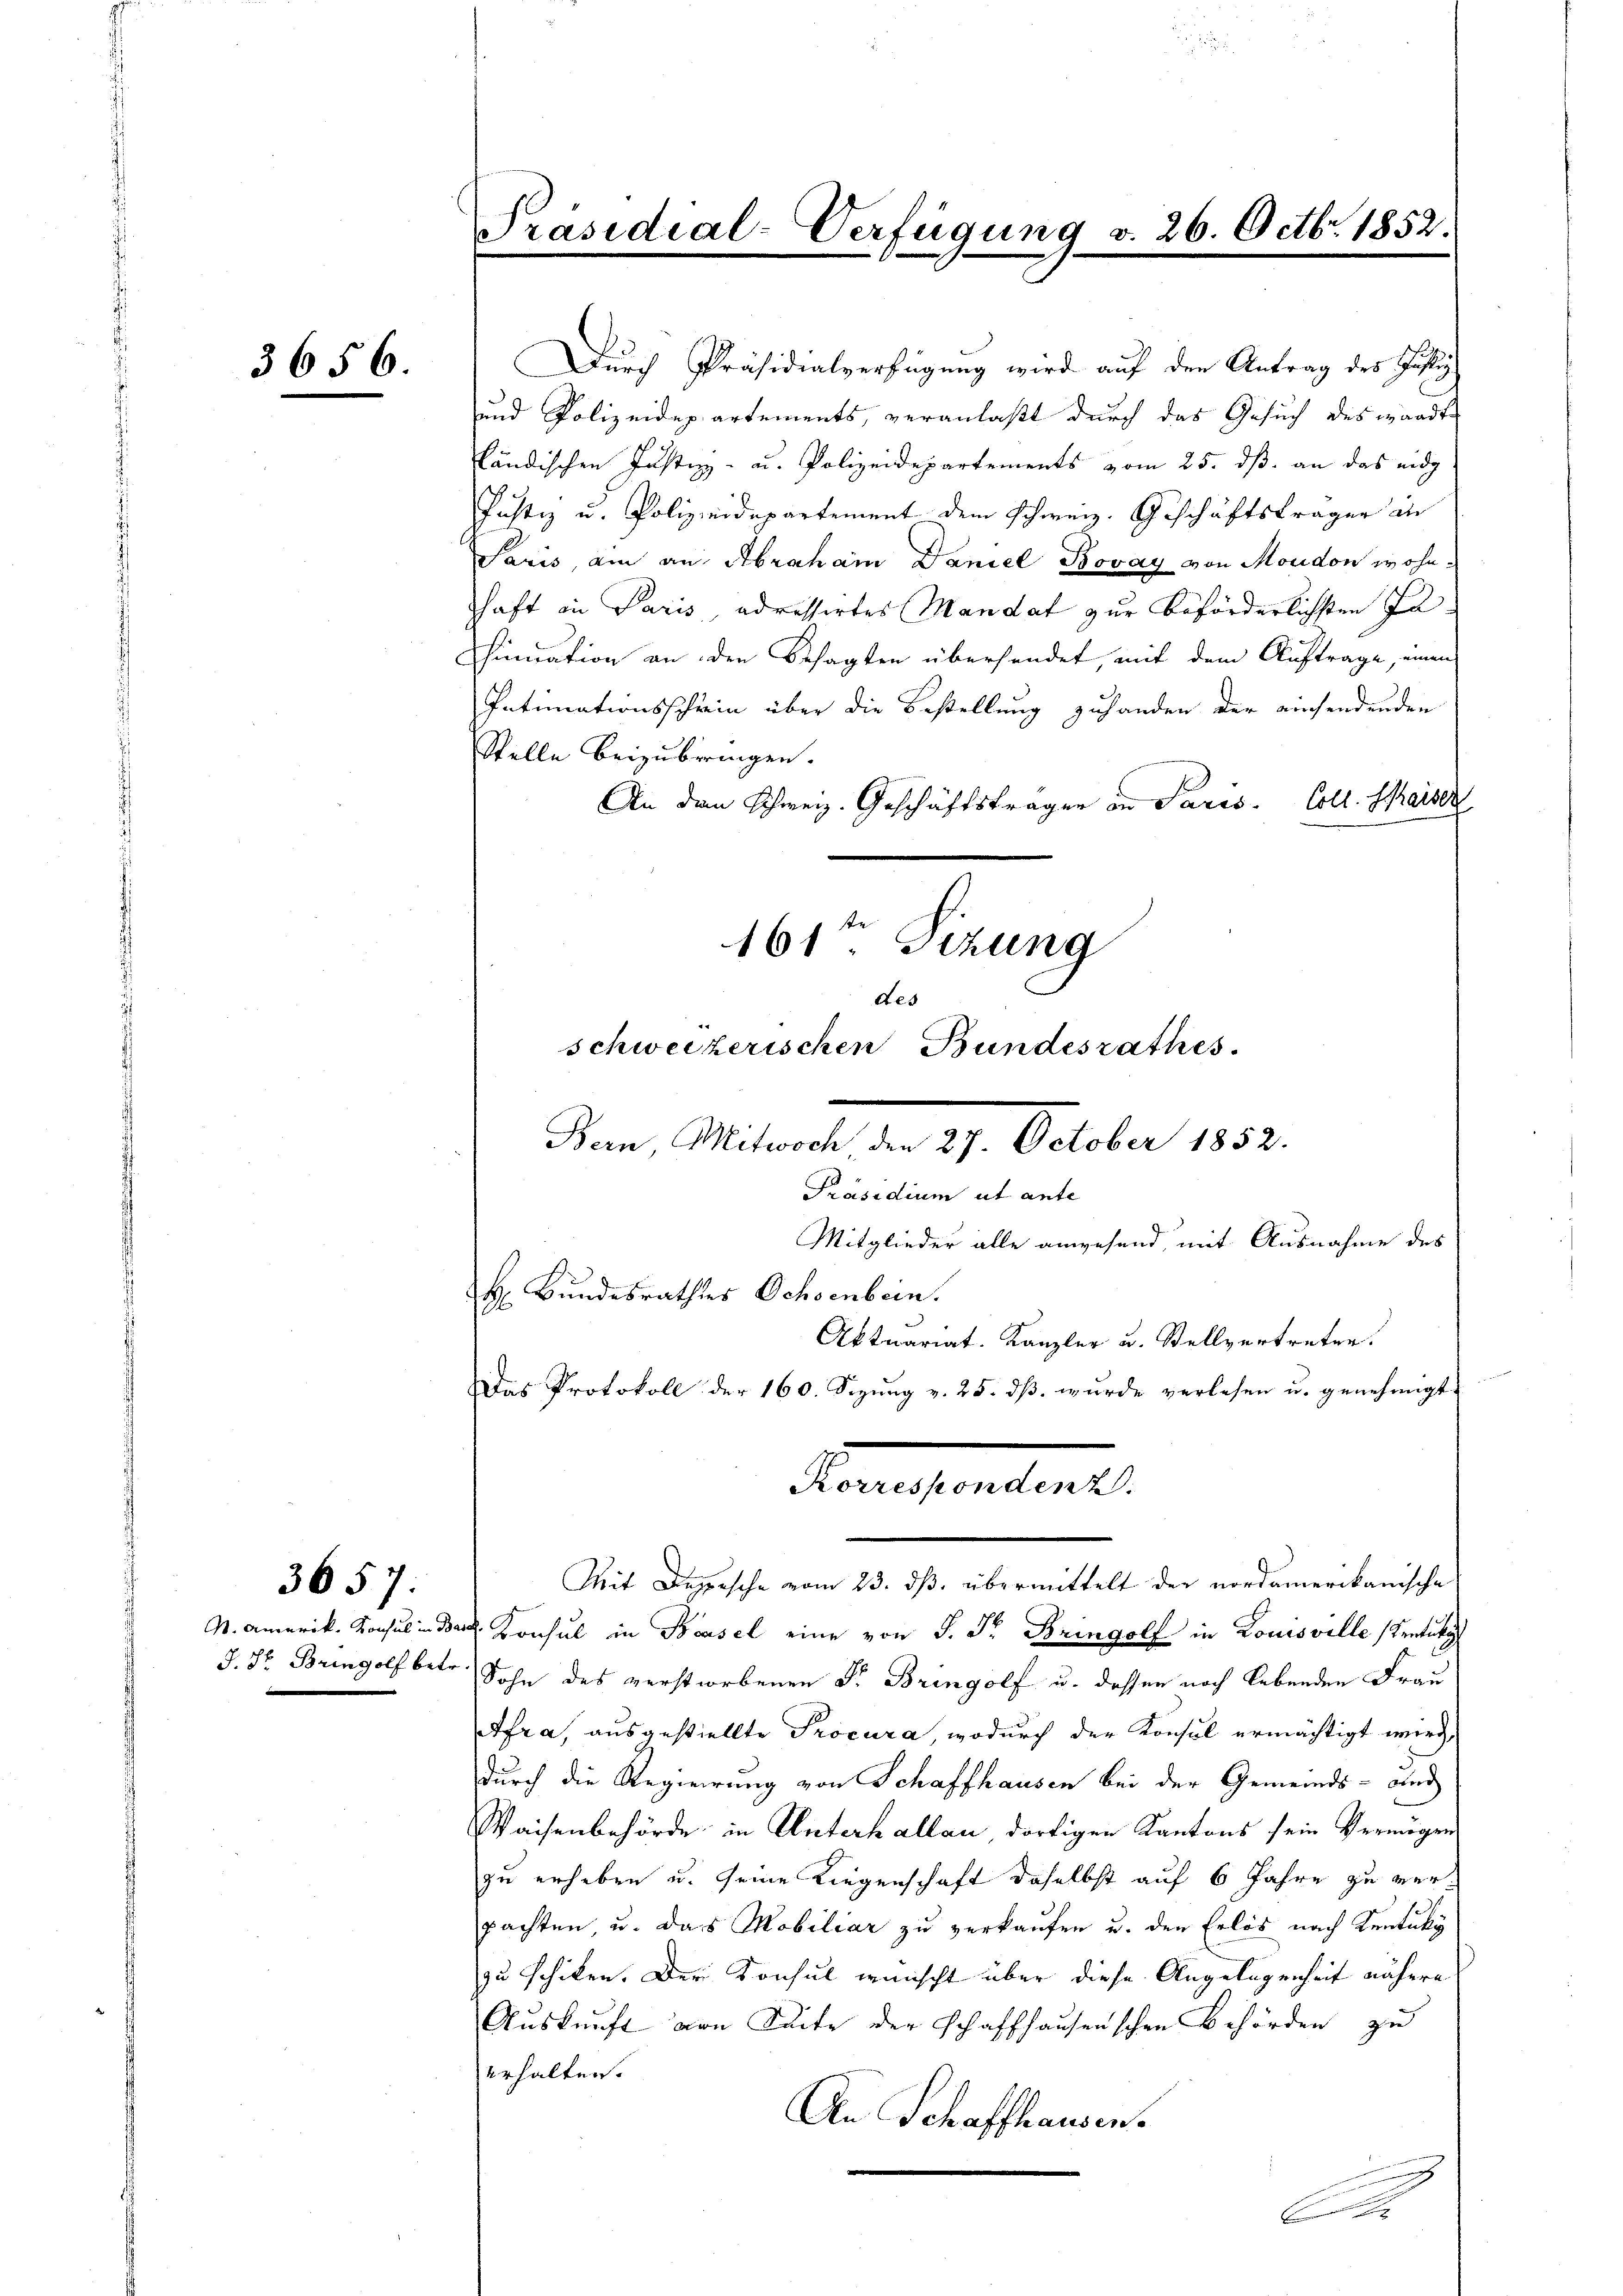
3656.

3657:

Durch Präsidialverfügung wird auf den Antrag des Justiz
und Polizeidepartements, veranlaßt durch das Gesuch des wandte
ländischen Justiz- u. Polizeidepartements vom 25. ds. an das eidg
Justiz u. Polizeidepartement dem Schweiz. Geschäftsträger in
Saris, ain an Abraham Daniel Bovay von Moudon wohnschaft in Paris adressirtes Mandat zur beförderlichsten Jahinuation an den Besagten übersendet, mit dem Auftrage, einen
Intimationsschrin über die Bestellung zuhanden der auchendenden
Stelle beizubringen.
An den Schweiz. Geschäftsfragen in Paris. Coll. Schaiser
161ten Sitzung

S. Amerik. Konsul in B
§.8. Bringolf betr

Präsidial-Verfügung v. 26. Octbr. 1852.

des
schweizerischen Bundesrathes.
Von Mitwas der 29. October 1852.
Präsidium ut ante
Mitglieder alle anwesend, mit Ausnahme des
H. Bundesrathes Ochsenbein.
Aktuariat. Kanzler u. Stellvertreter.
Das Protokoll der 160. Sepurg v. 25. ds. wurde verlesen u. genehmigt.
Korresponden 2.

Mit Depesche vom 23. ds. übermittelt der nordamerikanische
d. Konsul in Basel eine von P. Fr. Bringolf in Louisville stretung
Sohn des verstorbenen Dr. Bringolf u. dessen noch lebenden Frau
Afra, ausgestellte Procura, wodurch der Konsul ermächtigt wird,
durch die Regierung von Schaffhausen bei der Gemeinds- und
Waisenbehörde in Unterhallau dortigen Kantons sein Vermögen
zu erheben u. seine Liegenschaft daselbst auf 6 Jahre zu verpachten u. das Mobiliar zu verkaufen u. den Erlös nach Ventuky
zu schiken. Der Konsul wünscht über diese Angelegenheit nähere
Auskunft von Seite der schaffhausenschen Behörden zu
erhalten.
An Schaffhausen.